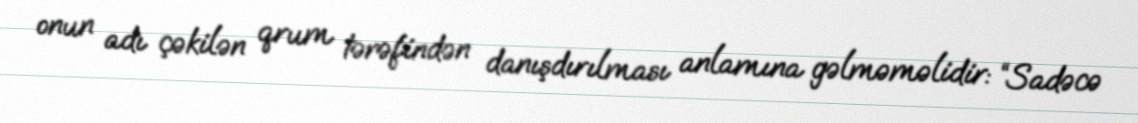
onun adı çəkilən qrum tərəfindən danışdırılması anlamına gəlməməlidir: “Sadəcə